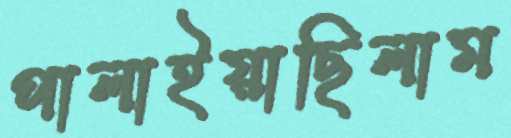
পালাইয়াছিলাম